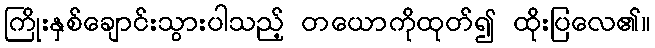
ကြိုးနှစ်ချောင်းသွားပါသည့် တယောကိုထုတ်၍ ထိုးပြလေ၏။